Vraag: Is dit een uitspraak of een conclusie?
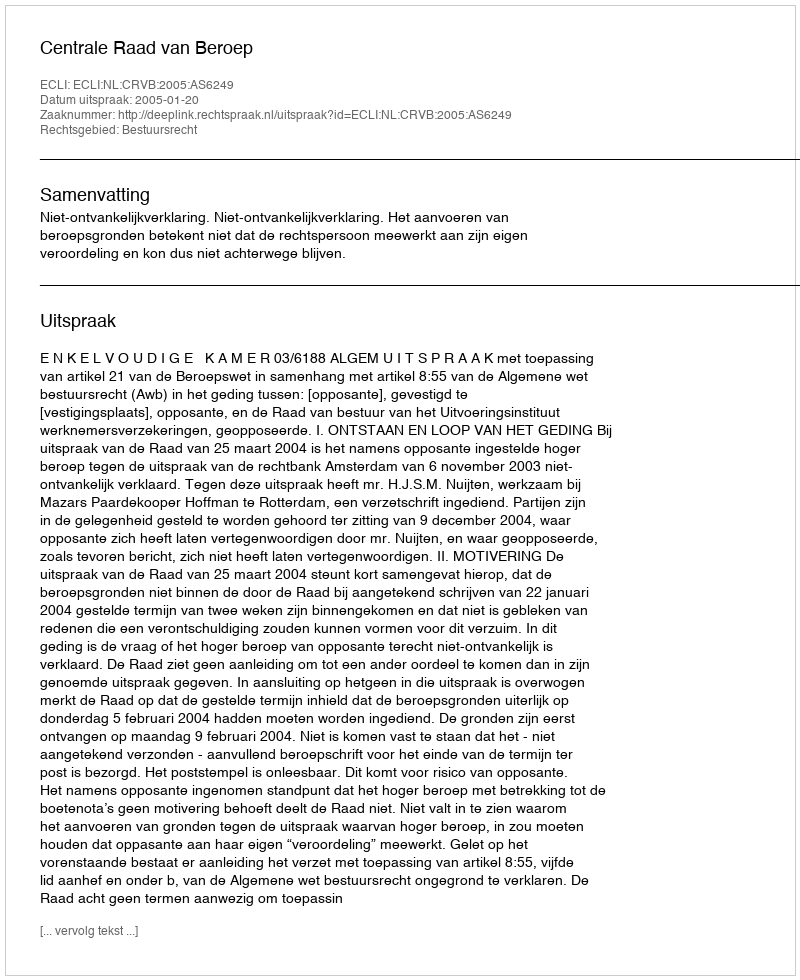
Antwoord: Uitspraak